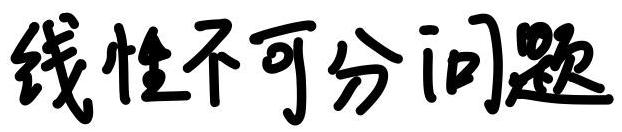
线性不可分问题